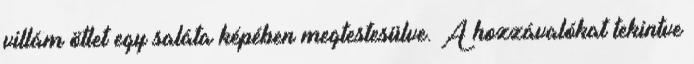
villám ötlet egy saláta képében megtestesülve. A hozzávalókat tekintve